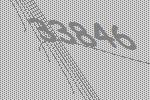
33846